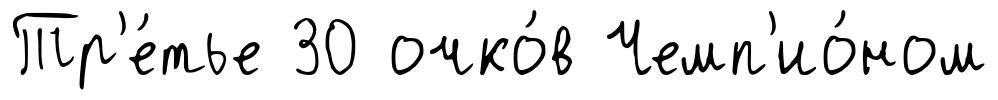
Тр'е́тье 30 очко́в Чемп'ио́ном